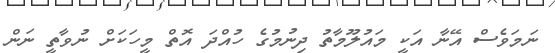
ނަމަވެސް އޭނާ އަކީ މައުލޫމާތު ދިނުމުގެ ހުއްދަ އޮތް މީހަކަށް ނުވާތީ ނަން